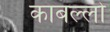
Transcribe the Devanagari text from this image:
काबल्लो